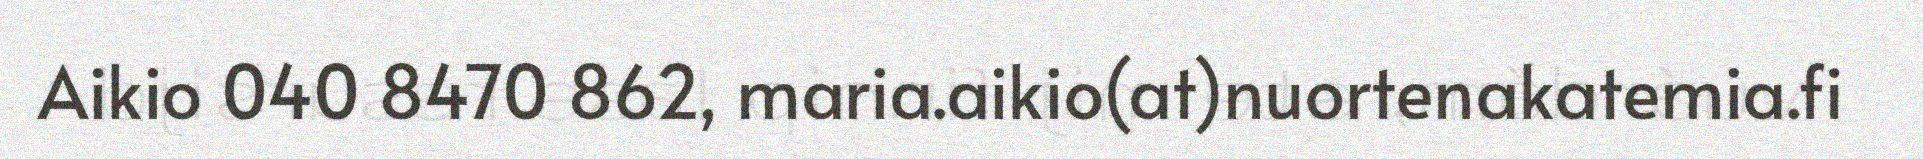
Aikio 040 8470 862, maria.aikio(at)nuortenakatemia.fi